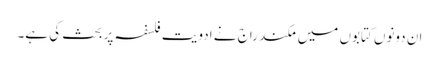
ان دونوں کتابوں میں مکند راج نے ادویت فلسفہ پر بحث کی ہے۔